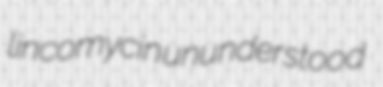
lincomycin ununderstood